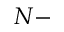
N -